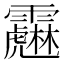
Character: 𩆱